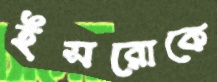
ইসরোকে